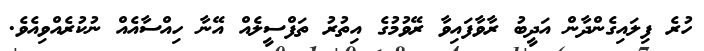
ހުރެ ފިލައިގެންދާން އަދީބު ރާވާފައިވާ ރޭވުމުގެ އިތުރު ތަފްސީލެއް އޭނާ ހިއްސާއެއް ނުކުރެއްވިއެވެ.